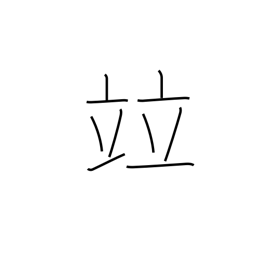
Meaning: rank with